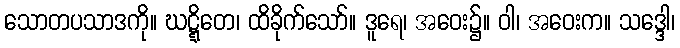
သောတပသာဒကို။ ဃဋ္ဋိတေ၊ ထိခိုက်သော်။ ဒူရေ၊ အဝေး၌။ ဝါ၊ အဝေးက။ သဒ္ဒေါ၊